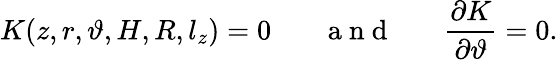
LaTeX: K(z,r,\vartheta,H,R,l_{z})=0~~~~~~~\mathrm{~a~n~d~}~~~~~~~\frac{\partial K}{\partial\vartheta}=0.